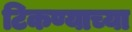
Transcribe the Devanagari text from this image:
टिकण्याच्या